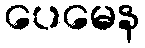
ပေမေန